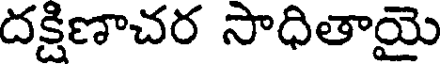
దక్షిణాచర సాధితాయై